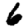
Digit: 6